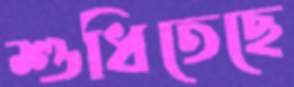
শুধিতেছে